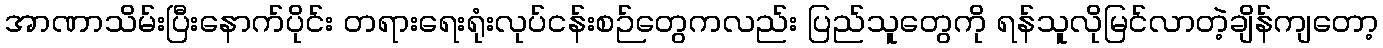
အာဏာသိမ်းပြီးနောက်ပိုင်း တရားရေးရုံးလုပ်ငန်းစဉ်တွေကလည်း ပြည်သူတွေကို ရန်သူလိုမြင်လာတဲ့ချိန်ကျတော့